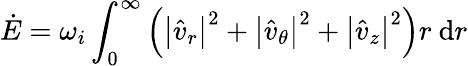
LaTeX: \dot{E}=\omega_{i}\int_{0}^{\infty}\left(\left|\hat{v}_{r}\right|^{2}+\left|\hat{v}_{\theta}\right|^{2}+\left|\hat{v}_{z}\right|^{2}\right)r\mathrm{~d}r